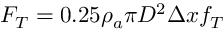
F _ { T } = 0 . 2 5 \rho _ { a } \pi D ^ { 2 } \Delta x f _ { T }